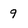
Character: 9